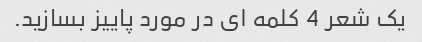
یک شعر 4 کلمه ای در مورد پاییز بسازید.